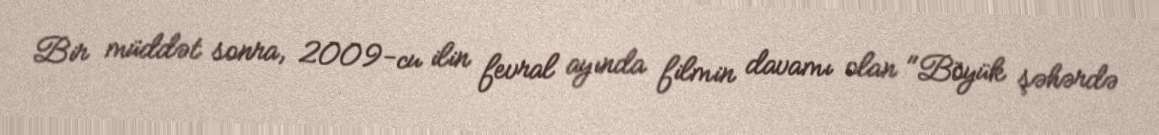
Bir müddət sonra, 2009-cu ilin fevral ayında filmin davamı olan "Böyük şəhərdə